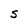
Character: S